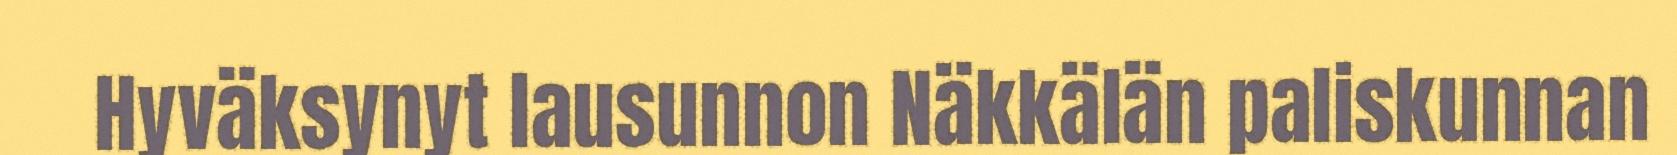
Hyväksynyt lausunnon Näkkälän paliskunnan